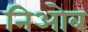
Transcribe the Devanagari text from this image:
निओब